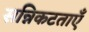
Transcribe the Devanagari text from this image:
सन्निकटताएँ